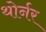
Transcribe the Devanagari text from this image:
थोर्नर